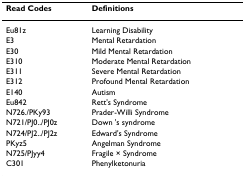
| Read Codes | Definitions |
 | --- | --- |
 | Eu81z | Learning Disability |
 | E3 | Mental Retardation |
 | E30 | Mild Mental Retardation |
 | E310 | Moderate Mental Retardation |
 | E311 | Severe Mental Retardation |
 | E312 | Profound Mental Retardation |
 | E140 | Autism |
 | Eu842 | Rett's Syndrome |
 | N726./PKy93 | Prader-Willi Syndrome |
 | N721/PJ0../PJ0z | Down 's syndrome |
 | N724/PJ2../PJ2z | Edward's Syndrome |
 | PKyz5 | Angelman Syndrome |
 | N725/PJyy4 | Fragile × Syndrome |
 | C301 | Phenylketonuria |